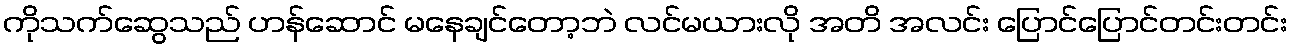
ကိုသက်ဆွေသည် ဟန်ဆောင် မနေချင်တော့ဘဲ လင်မယားလို အတိ အလင်း ပြောင်ပြောင်တင်းတင်း